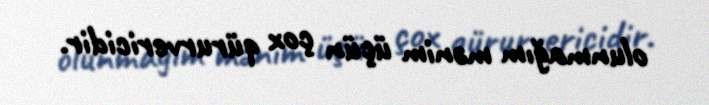
olunmağım mənim üçün çox qürurvericidir.